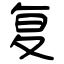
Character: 复